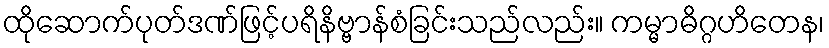
ထိုဆောက်ပုတ်ဒဏ်ဖြင့်ပရိနိဗ္ဗာန်စံခြင်းသည်လည်း။ ကမ္မာဓိဂ္ဂဟိတေန၊